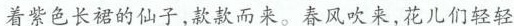
\underline{着紫色长裙的仙子,款款而来。}春风吹来,花儿们轻轻